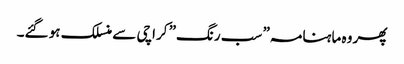
پھر وہ ماہنامہ” سب رنگ” کراچی سے منسلک ہو گئے۔